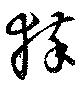
猝